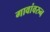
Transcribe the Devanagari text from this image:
गावांवरुन